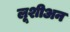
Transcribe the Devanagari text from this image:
लूशीअन